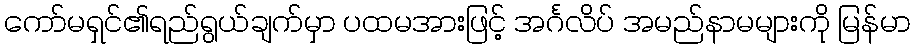
ကော်မရှင်၏ရည်ရွယ်ချက်မှာ ပထမအားဖြင့် အင်္ဂလိပ် အမည်နာမများကို မြန်မာ